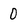
Character: 0